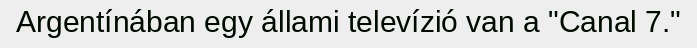
Argentínában egy állami televízió van a "Canal 7."